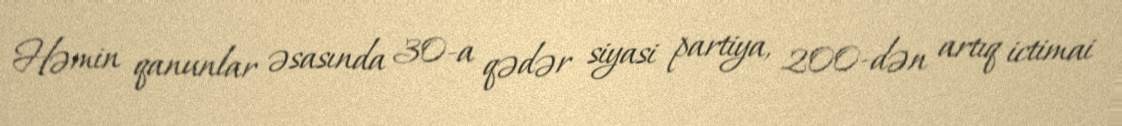
Həmin qanunlar əsasında 30-a qədər siyasi partiya, 200-dən artıq ictimai